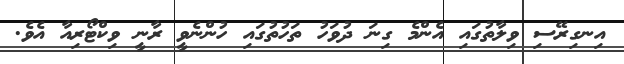
އިނގިރޭސި ވިލާތުގައި އެންމެ ގިނަ ދުވަހު ތަހުތުގައި ހުންނެވީ ރާނީ ވިކްޓޯރިއާ އެވެ.